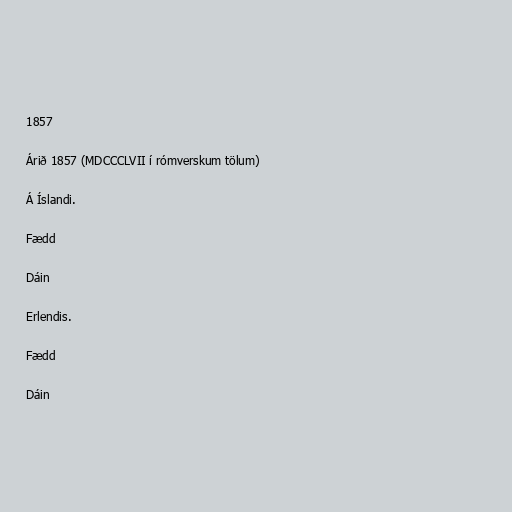
1857

Árið 1857 (MDCCCLVII í rómverskum tölum)

Á Íslandi.

Fædd

Dáin

Erlendis.

Fædd

Dáin